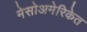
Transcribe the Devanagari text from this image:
मेसोअमेरिकेत